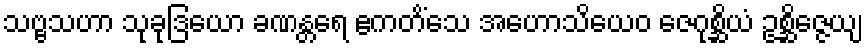
သဗ္ဗသဟာ သုခုဒြယော ခဏန္တရေ ဧကတိံသေ အဟောသိယေဝ ဇေဂုစ္ဆိယံ ဥစ္ဆိဇ္ဇေယျ